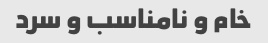
خام و نامناسب و سرد